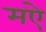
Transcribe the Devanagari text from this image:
मऐ